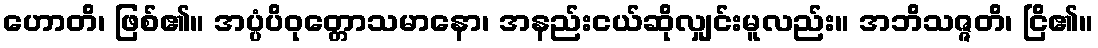
ဟောတိ၊ ဖြစ်၏။ အပ္ပံပိဝုတ္တောသမာနော၊ အနည်းငယ်ဆိုလျှင်းမူလည်း။ အဘိသဇ္ဇတိ၊ ငြိ၏။